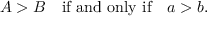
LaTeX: A > B \quad { \mathrm { i f ~ a n d ~ o n l y ~ i f } } \quad a > b .